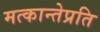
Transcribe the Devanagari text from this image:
मत्कान्तेप्रति